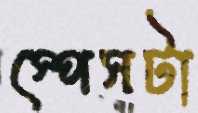
স্পেসটা